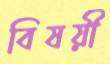
বিষয়ী